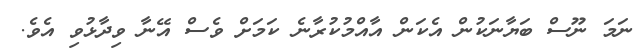
ނަމަ ނޫސް ބަޔާނަކުން އެކަން އާއްމުކުރާނެ ކަމަށް ވެސް އޭނާ ވިދާޅުވި އެވެ.